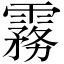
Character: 霧